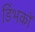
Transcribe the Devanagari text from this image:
डिंभकों